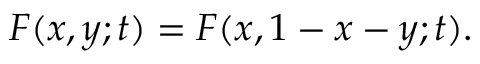
F ( x , y ; t ) = F ( x , 1 - x - y ; t ) .